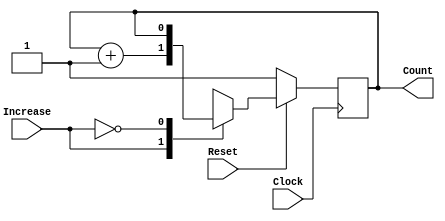
module Counter_1bit_Start1 (Clock, Reset, Increase, Count);
	input Clock, Reset, Increase;

	// Output scoreKeeper is 3 bit number that should send to displayVictor module
	output Count;
	
	// Your code goes here!!
	reg ps; // Present State
	reg ns; // Next State
	
	// State encoding.
	parameter A = 0, B = 1, C = 0;
	
	// Next State logic
	always @(*) begin
	
		case (Increase)
		
			1: begin
							
				ns = ps + 1; // case for when counter should go up by 1	

			end 
				
			0: begin
				
				ns = ps;
						
			end

		endcase
		
	end

	// Output logic - could also be another always, or part of above block.
	assign Count = (ps);
	
	// DFFs
	always @(posedge Clock)
		if (!Reset) begin
			ps <= 1;
		end 	
		else begin
			ps <= ns;
		end
endmodule